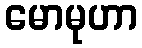
မောမုဟာ